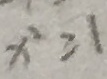
x ^ { 2 } \geq 1